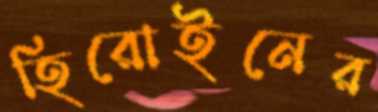
হিরোইনের